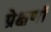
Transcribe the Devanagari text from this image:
प्रेक्षणॉं